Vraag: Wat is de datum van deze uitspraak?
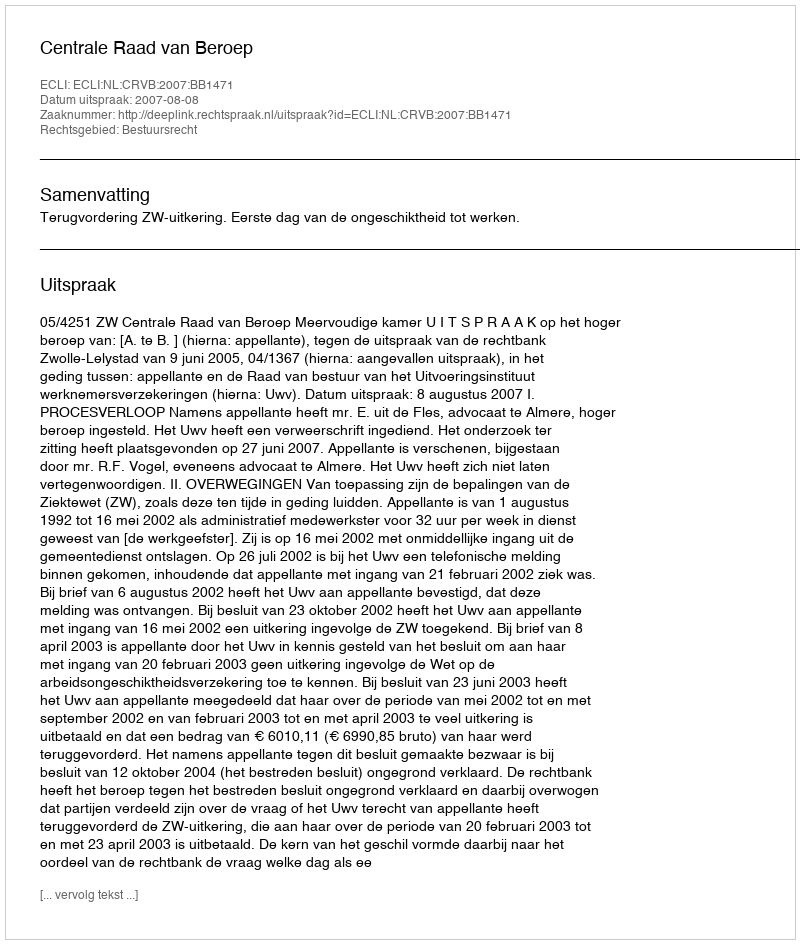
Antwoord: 2007-08-08